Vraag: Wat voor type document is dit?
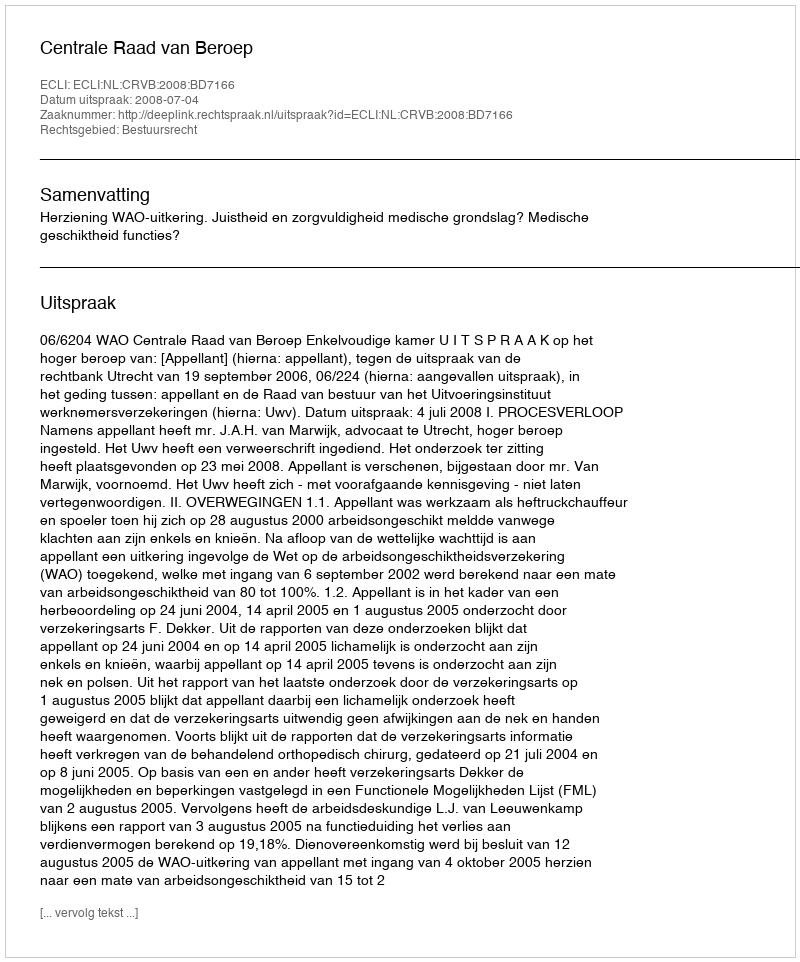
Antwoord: Uitspraak